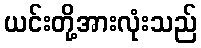
ယင်းတို့အားလုံးသည်